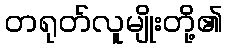
တရုတ်လူမျိုးတို့၏